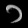
Digit: ၁